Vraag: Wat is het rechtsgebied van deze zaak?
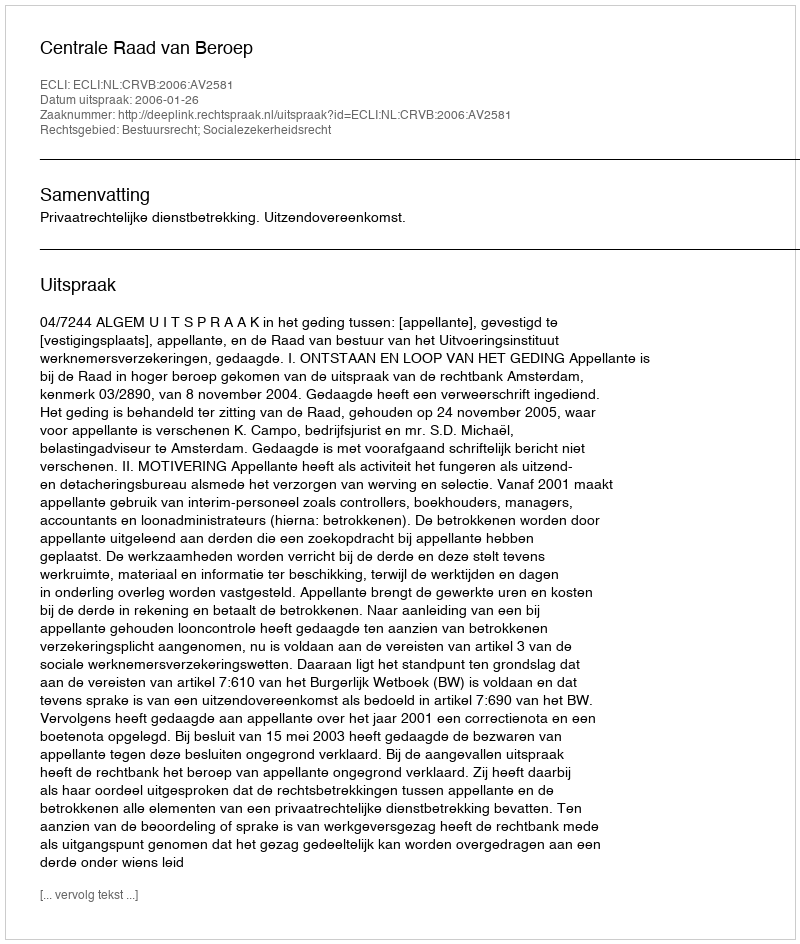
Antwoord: Bestuursrecht; Socialezekerheidsrecht